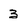
Character: 3